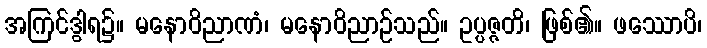
အကြင်ဒွါရ၌။ မနောဝိညာဏံ၊ မနောဝိညာဉ်သည်။ ဥပ္ပဇ္ဇတိ၊ ဖြစ်၏။ ဖဿောပိ၊